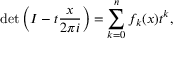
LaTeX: \operatorname* { d e t } \left( I - t { \frac { x } { 2 \pi i } } \right) = \sum _ { k = 0 } ^ { n } f _ { k } ( x ) t ^ { k } ,